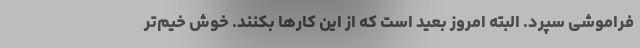
فراموشی سپرد. البته امروز بعید است که از این کارها بکنند. خوش خیم‌تر